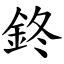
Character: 鉖